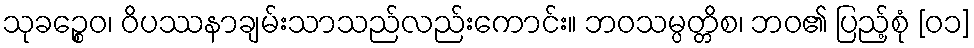
သုခဉ္စေဝ၊ ဝိပဿနာချမ်းသာသည်လည်းကောင်း။ ဘဝသမ္ပတ္တိစ၊ ဘဝ၏ ပြည့်စုံ [၀၁]